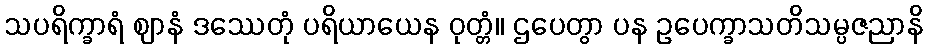
သပရိက္ခာရံ ဈာနံ ဒဿေတုံ ပရိယာယေန ဝုတ္တံ။ ဌပေတွာ ပန ဥပေက္ခာသတိသမ္ပဇညာနိ